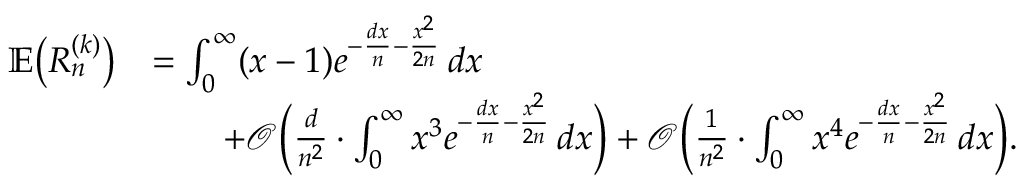
\begin{array} { r l } { \mathbb { E } \big ( R _ { n } ^ { ( k ) } \big ) } & { = \int _ { 0 } ^ { \infty } ( x - 1 ) e ^ { - \frac { d x } { n } - \frac { x ^ { 2 } } { 2 n } } \, d x } \\ & { \qquad \mathrm + \mathcal { O } \Big ( \frac { d } { n ^ { 2 } } \cdot \int _ { 0 } ^ { \infty } x ^ { 3 } e ^ { - \frac { d x } { n } - \frac { x ^ { 2 } } { 2 n } } \, d x \Big ) + \mathcal { O } \Big ( \frac { 1 } { n ^ { 2 } } \cdot \int _ { 0 } ^ { \infty } x ^ { 4 } e ^ { - \frac { d x } { n } - \frac { x ^ { 2 } } { 2 n } } \, d x \Big ) . } \end{array}